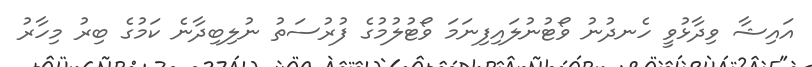
އައިޝާ ވިދާޅުވީ ހެނދުނު ވޯޓުނުލައިފިނަމަ ވޯޓުލުމުގެ ފުރުސަތު ނުލިބިދާނެ ކަމުގެ ބިރު މިހާރު